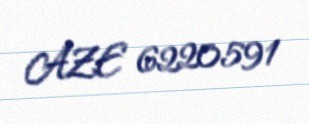
AZE 6220591